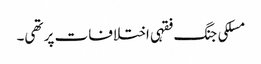
مسلکی جنگ فقہی اختلافات پر تھی۔